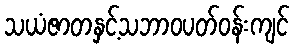
သယံဇာတနှင့်သဘာဝပတ်ဝန်းကျင်